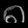
Digit: ၈